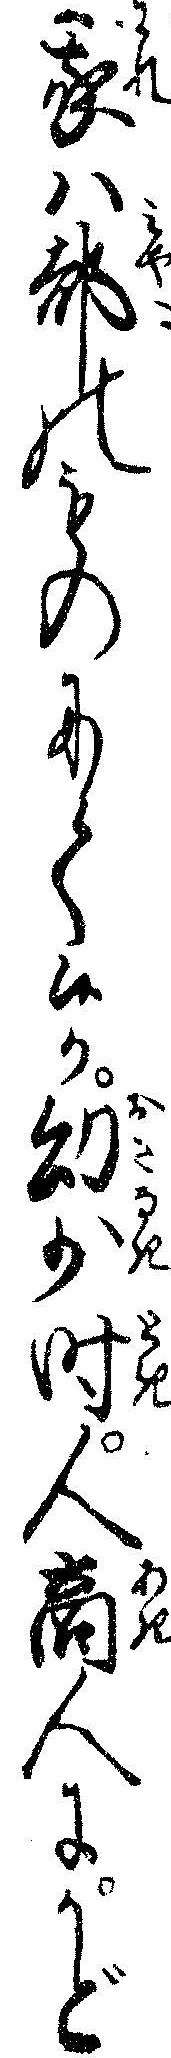
我ハ都のものにて候か幼少時人商人にかど